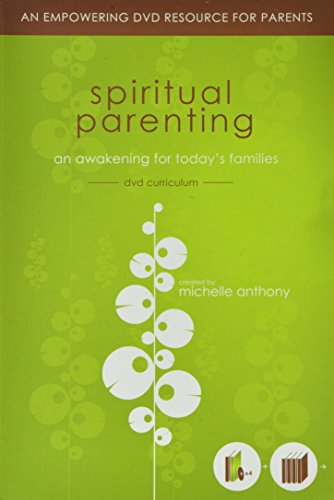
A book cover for Spiritual Parenting Curriculum Kit; Michelle Anthony; Christian Books & Bibles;